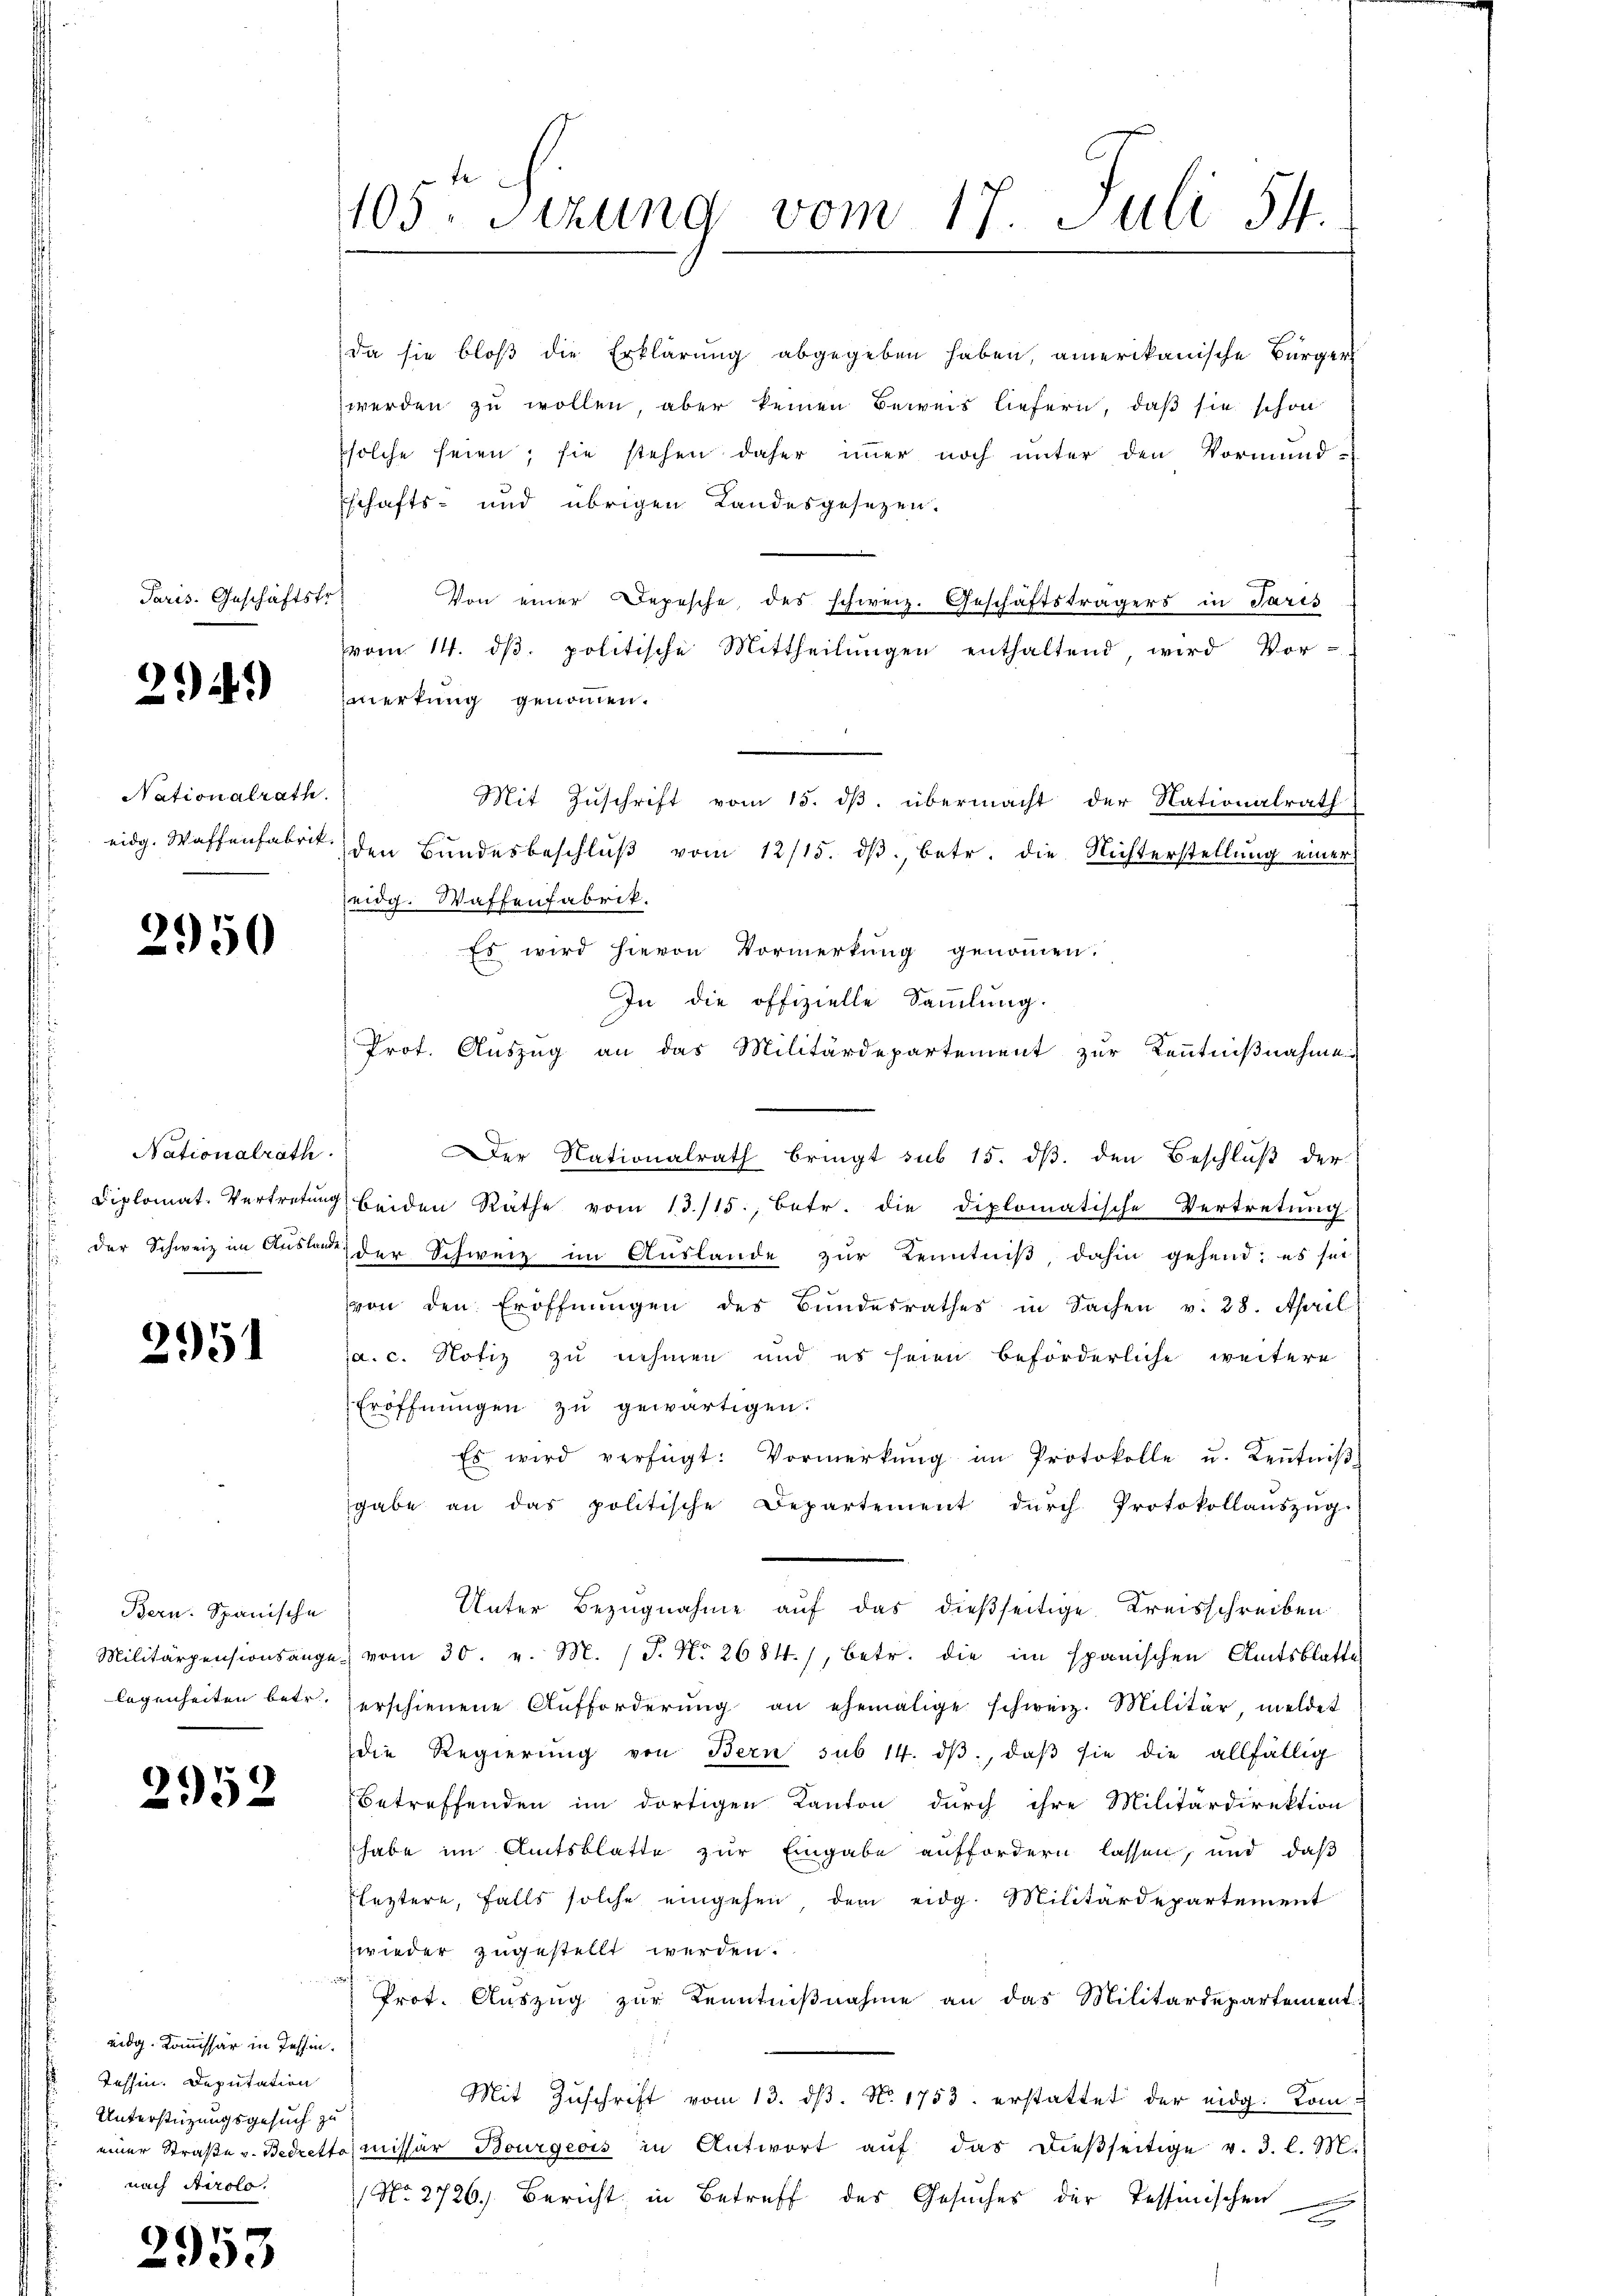
Paris. Geschäftsfr.

24.)

Nationalrath.
eidg. Waffenfabrik

2950

Nationalrath.

2951

Bern. Spanische

2952

psolche seien; sie stehen daher immer noch unter den Vormund-
schafts- und übrigen Landesgesezen.
Von einer Depesche, des schweiz. Geschäftsträgers in Paris
vom 14. dβ. politische Mittheilŭngen enthaltend wird Vor-
merkung genommen.
den Bundesbeschlŭβ vom 12/15. dβ, betr. die Nichterstellung einer
eidg. Waffenfabrik.
Es wird hievon Vormerkung genommen.
In die offizielle Sammlung.
Prof. Auszug an das Militärdepartement zur Kenntnißnahmen
Der Nationalrath bringt sub 15. dß. den Beschluß der
Diplomat-Vertretŭng beiden Räthe vom 13./15., betr. die diplomatische Vertretung
der Schweiz im Auslau der Schweiz im Auslande zur Kenntniß, dahin gehend; es sei
von den Eröffnŭngen des Bundesrathes in Sachen v. 28. April
a. c. Notiz zu nehmen und es seien beförderliche weitere
Eröffnungen zu gewärtigen.
Es wird verfügt: Vormerkŭng im Protokolle u. Keṅtniβ
sgabe an das politische Departement dŭrch Protokollauszug
Unter Bezugnahme auf das dießseitige Kreisschreiben
Militärpensionsange vom 30. v. M. J. No 2684), betr. die im spanischen Amtsblatte
legenheiten betr. erschienene Aufforderŭng an ehemalige schweiz. Militär, meldet
die Regierŭng von Bern sub 14. dβ, daβ sie die allfällig
Betreffenden im dortigen Kanton durch ihre Militärdirektion
habe im Amtsblatte zur Eingabe auffordern lassen, und daß
Fleztern, falls solche eingehen, dem eidg. Militärdepartement
wieder zugestellt werden.
Prot. Aŭszŭg zŭr Kenntniβnahme an das Militärdepartement
Mit Zŭschrift vom 13. dβ. N. 1753. erstattet der eidg. Kom-
einer Straβe v. Bedrettomissär Bourgeois in Antwort aŭf das dießseitige v. J. l. M.
 No. 2726. Bericht in Betreff des Gesuches der Tessinischen
e

da sie bloß die Erklärung abgegeben haben, amerikanische Bürger
werden zu wollen, aber keinen Beweis liefern, daß sie schon

eidg. Kommissär in Tessin.
Tessin. Deputation
Unterstüzungsgesuch zu
nach Airolo.

2953

105. Sitzung vom 17. Juli 54.

Mit Zŭschrift vom 15. dβ übermacht der Nationalrath